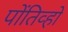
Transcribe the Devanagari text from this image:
पोंतिव्हो